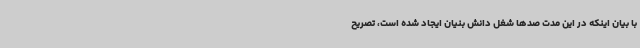
با بیان اینکه در این مدت صدها شغل دانش بنیان ایجاد شده است، تصریح